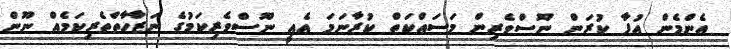
އެންމެން އުފާ ކުރަން ނޫސްވެރިން މަސައްކަތް ކުރާނަމަ އެއީ ނޫސްވެރިކަމުގެ ނަޒާހާތްތެރިކަމެއް ނޫން